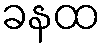
ခနထ